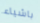
باشياء